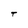
Character: T